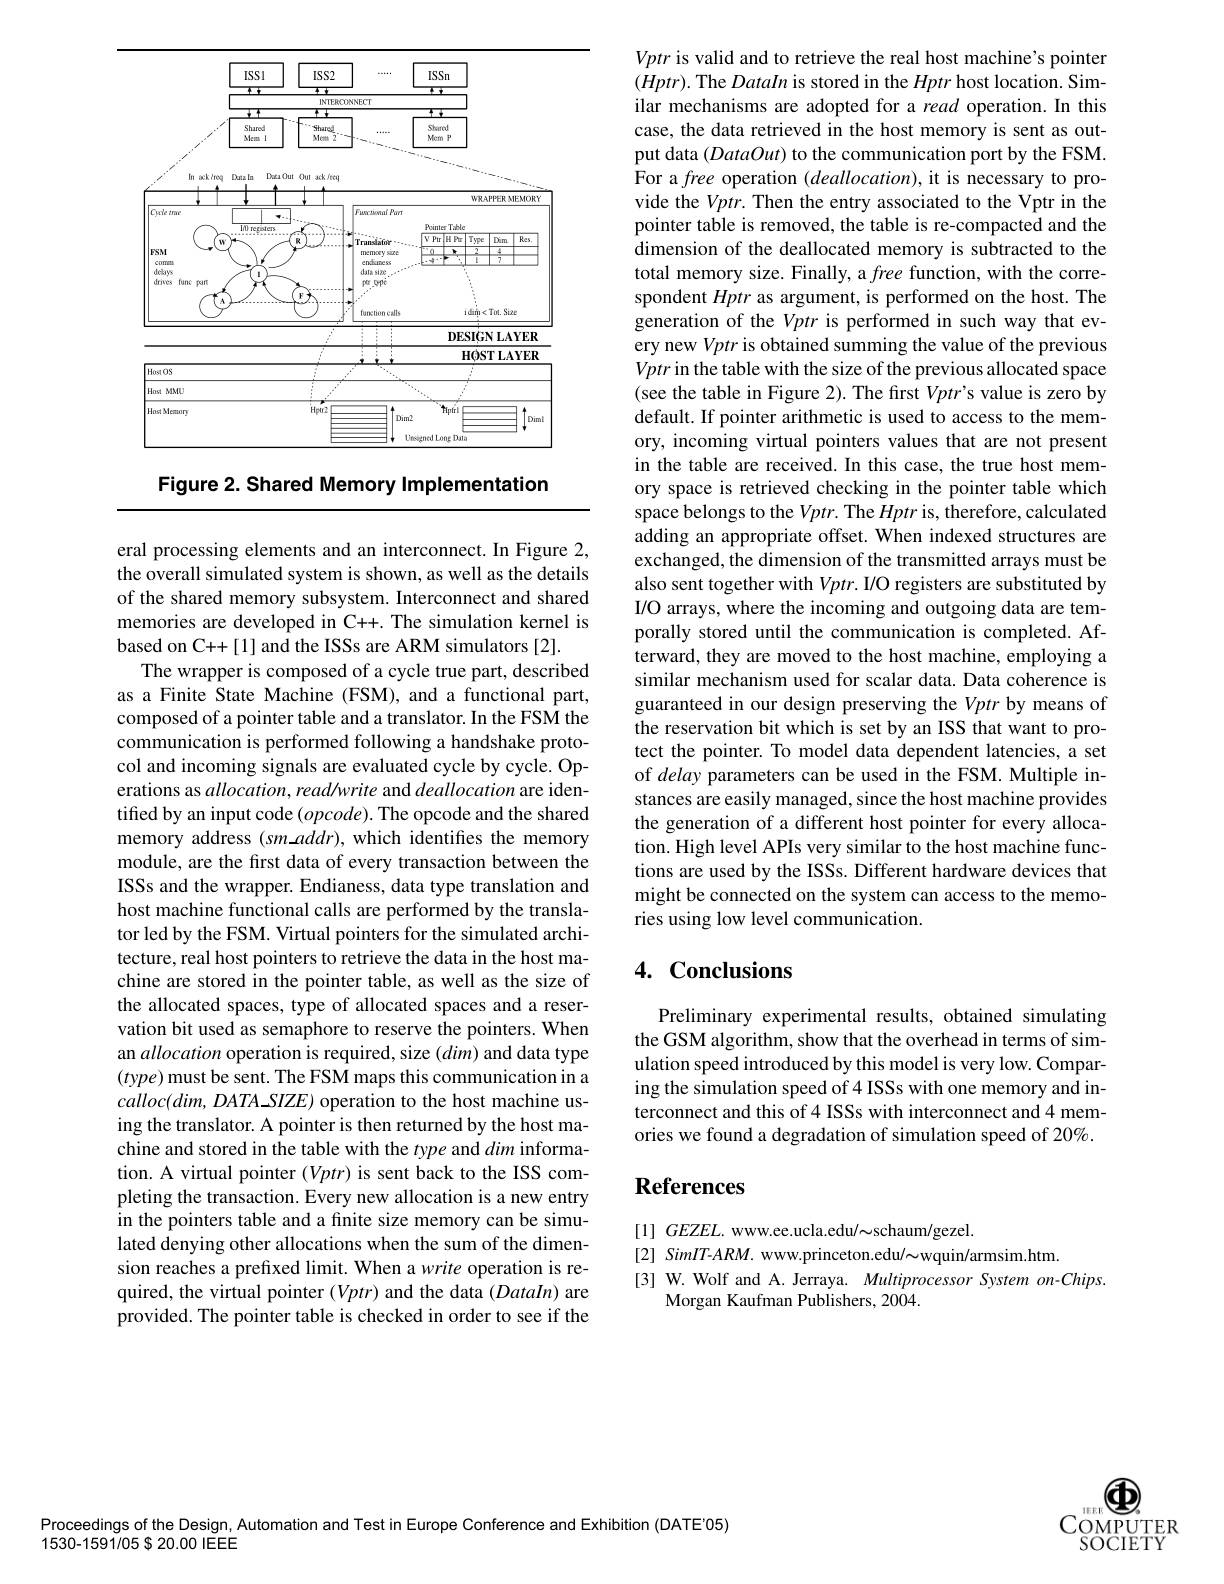
<FigureHere>

Figure 2. Shared Memory Implementation

eral processing elements and an interconnect. In Figure 2, the overall simulated system is shown, as well as the details of the shared memory subsystem. Interconnect and shared memories are developed in C++. The simulation kernel is based on C++[1] and the ISSs are ARM simulators [2].
The wrapper is composed of a cycle true part, described as a Finite State Machine (FSM), and a functional part, composed of a pointer table and a translator. In the FSM the communication is performed following a handshake protocol and incoming signals are evaluated cycle by cycle. Operations as allocation, read/write and deallocation are identified by an input code $(opcode).$ The opcode and the shared memory address (sm addr),which identifies the memory module, are the first data of every transaction between the ISSs and the wrapper. Endianess, data type translation and host machine functional calls are performed by the translator led by the FSM. Virtual pointers for the simulated architecture, real host pointers to retrieve the data in the host machine are stored in the pointer table, as well as the size of the allocated spaces, type of allocated spaces and a reservation bit used as semaphore to reserve the pointers. When an allocation operation is required, size $(dim)$ and data type $(type)$ must be sent. The FSM maps this communication in a $calloc(dim,DATA\_SIZE)$ operation to the host machine using the translator. A pointer is then returned by the host machine and stored in the table with the type and dim information. A virtual pointer $(Vptr)$ is sent back to the ISS completing the transaction. Every new allocation is a new entry in the pointers table and a finite size memory can be simulated denying other allocations when the sum of the dimension reaches a prefixed limit. When a write operation is required, the virtual pointer $(Vptr)$ and the data $(DataIn)$ are provided. The pointer table is checked in order to see if the

Vptr is valid and to retrieve the real host machine's pointer $(Hptr).$ The DataIn is stored in the Hptr host location. Similar mechanisms are adopted for a read operation. In this case, the data retrieved in the host memory is sent as output data (DataOut) to the communication port by the FSM. For a free operation ( deallocation) , it is necessary to pro- vide the $Vptr.$ Then the entry associated to the Vptr in the pointer table is removed, the table is re-compacted and the dimension of the deallocated memory is subtracted to the total memory size. Finally, a free function, with the correspondent Hptr as argument, is performed on the host. The generation of the Vptr is performed in such way that every new Vptr is obtained summing the value of the previous Vptr in the table with the size of the previous allocated space (see the table in Figure 2). The first $Vptr’s$ value is zero by default. If pointer arithmetic is used to access to the memory, incoming virtual pointers values that are not present in the table are received. In this case, the true host memory space is retrieved checking in the pointer table which space belongs to the $Vptr.$ The Hptr is, therefore, calculated adding an appropriate offset. When indexed structures are exchanged, the dimension of the transmitted arrays must be also sent together with $Vptr.$ I/O registers are substituted by I/O arrays, where the incoming and outgoing data are temporally stored until the communication is completed. Afterward, they are moved to the host machine, employing a similar mechanism used for scalar data. Data coherence is guaranteed in our design preserving the Vptr by means of the reservation bit which is set by an ISS that want to protect the pointer. To model data dependent latencies, a set of delay parameters can be used in the FSM. Multiple instances are easily managed, since the host machine provides the generation of a different host pointer for every allocation. High level APIs very similar to the host machine functions are used by the ISSs. Different hardware devices that might be connected on the system can access to the memories using low level communication.

# 4. Conclusions

Preliminary experimental results, obtained simulating the GSM algorithm, show that the overhead in terms of simulation speed introduced by this model is very low. Comparing the simulation speed of 4 ISSs with one memory and interconnect and this of 4 ISSs with interconnect and 4 memories we found a degradation of simulation speed of 20%.

## References

$[ 1] \textit{ GEZEL.  www. ee. ucla. edu/  schaum/ gezel. }$
[2] SimIT-ARM. www.princeton.edu/{~wquin/armsim.htm.}
[3] W. Wolf and A. Jerraya. Multiprocessor System on-Chips.
Morgan Kaufman Publishers, 2004.

66
$\mathrm{COMPUTER}^{\mathrm{~15EE}}$
SOCIETY

Proceedings of the Design, Automation and Test in Europe Conference and Exhibition (DATE'05)
1530-1591/05 8 20.00 IEEE